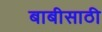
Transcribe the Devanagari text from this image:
बाबीसाठी